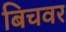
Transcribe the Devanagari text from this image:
बिचवर